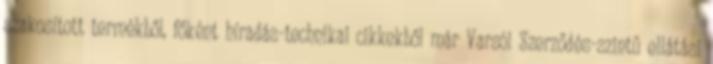
szakosított termékből, főként híradás-technikai cikkekből már Varsói Szerződés-szintű ellátási